Vaccination in the Punjab 1867-1880 - 1867-1880
Year: 1867
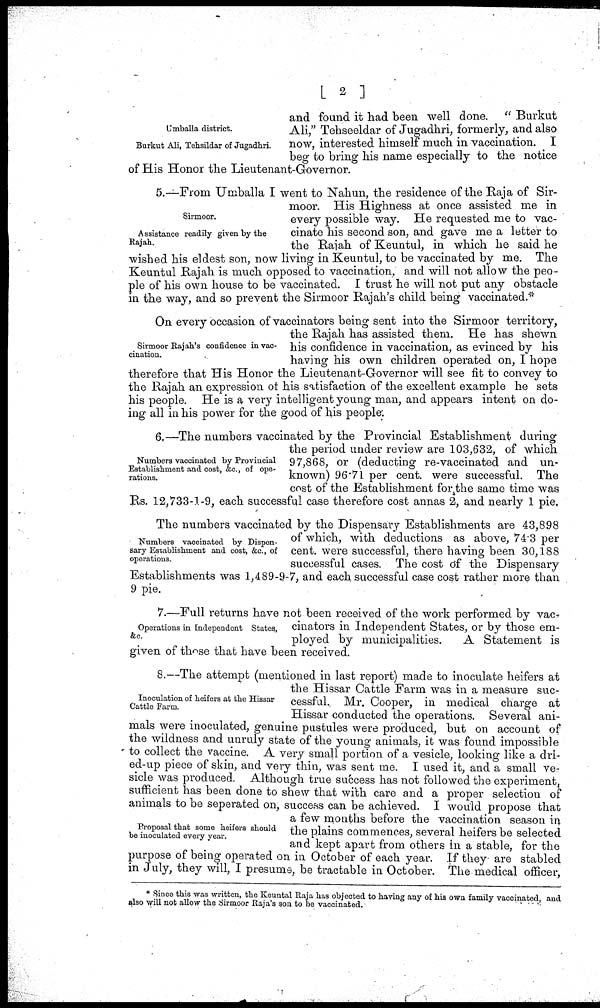
[ 2 ]
Umballa district.
Burkut Ali, Tehsildar of Jugadhri.
and found it had been well done. " Burkut
Ali," Tehseeldar of Jugadhri, formerly, and also
now, interested himself much in vaccination. I
beg to bring his name especially to the notice
of His Honor the Lieutenant-Governor.
Sirmoor.
Assistance readily given by the
Rajah.
5.—From Umballa I went to Nahun, the residence of the Raja of Sir-
moor. His Highness at once assisted me in
every possible way. He requested me to vac-
cinate his second son, and gave me a letter to
the Rajah of Keuntul, in which he said he
wished his eldest son, now living in Keuntul, to be vaccinated by me. The
Keuntul Rajah is much opposed to vaccination, and will not allow the peo-
ple of his own house to be vaccinated. I trust he will not put any obstacle
in the way, and so prevent the Sirmoor Rajah's child being vaccinated.*
Sirmoor Rajah's confidence in vac-
cination.
On every occasion of vaccinators being sent into the Sirmoor territory,
the Rajah has assisted them. He has shewn
his confidence in vaccination, as evinced by his
having his own children operated on, I hope
therefore that His Honor the Lieutenant-Governor will see fit to convey to
the Rajah an expression of his satisfaction of the excellent example he sets
his people. He is a very intelligent young man, and appears intent on do-
ing all in his power for the good of his people.
Numbers vaccinated by Provincial
Establishment and cost, &c, of ope-
rations.
6.—The numbers vaccinated by the Provincial Establishment during
the period under review are 103,632, of which
97,868, or (deducting re-vaccinated and un-
known) 96.71 per cent, were successful. The
cost of the Establishment for the same time was
Rs. 12,733-1-9, each successful case therefore cost annas 2, and nearly 1 pie,
Numbers vaccinated by Dispen-
sary Establishment and cost, &c., of
operations.
The numbers vaccinated by the Dispensary Establishments are 43,898
of which, with deductions as above, 74.3 per
cent. were successful, there having been 30,188
successful cases. The cost of the Dispensary
Establishments was 1,489-9-7, and each successful case cost rather more than
9 pie.
Operations in Independent States,
&c.
7.—Full returns have not been received of the work performed by vac-
cinators in Independent States, or by those em-
ployed by municipalities.
A Statement is
given of these that have been received.
Inoculation of heifers at the Hissar
Cattle Farm.
Proposal that some heifers should
be inoculated every year.
8.—The attempt (mentioned in last report) made to inoculate heifers at
the Hissar Cattle Farm was in a measure suc-
cessful. Mr. Cooper, in medical charge at
Hissar conducted the operations. Several ani-
mals were inoculated, genuine pustules were produced, but on account of
the wildness and unruly state of the young animals, it was found impossible
to collect the vaccine. A very small portion of a vesicle, looking like a dri-
ed-up piece of skin, and very thin, was sent me. I used it, and a small ve-
sicle was produced. Although true success has not followed the experiment
sufficient has been done to shew that with care and a proper selection of
animals to be seperated on, success can be achieved. I would propose that
a few months before the vaccination season in
the plains commences, several heifers be selected
and kept apart from others in a stable, for the
purpose of being operated on in October of each year. If they are stabled
in July, they will, I presume, be tractable in October. The medical officer,
* Since this was written, the Keuntal Raja has objected to having any of his own family vaccinated, and
also will not allow the Sirmoor Raja's son to be vaccinated.